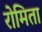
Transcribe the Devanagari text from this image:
रोमिता